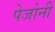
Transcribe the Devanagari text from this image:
पेजोनी